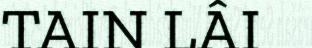
TAIN LÂI